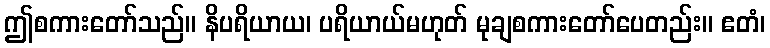
ဤစကားတော်သည်။ နိပရိယာယ၊ ပရိယာယ်မဟုတ် မုချစကားတော်ပေတည်း။ ဧတံ၊